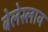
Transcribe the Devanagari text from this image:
बेलेस्लाव